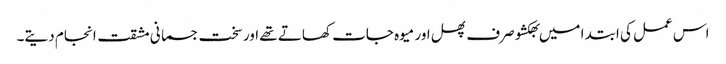
اس عمل کی ابتدا میں بھکشو صرف پھل اور میوہ جات کھاتے تھے اور سخت جسمانی مشقت انجام دیتے۔